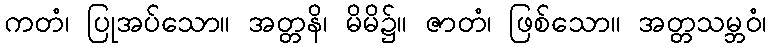
ကတံ၊ ပြုအပ်သော။ အတ္တနိ၊ မိမိ၌။ ဇာတံ၊ ဖြစ်သော။ အတ္တသမ္ဘဝံ၊